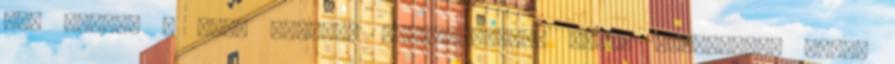
egy részét : Csak erősebb idegzetűeknek merem megmutatni magát